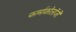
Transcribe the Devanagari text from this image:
फार्माकोलॉजी